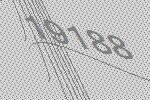
19188